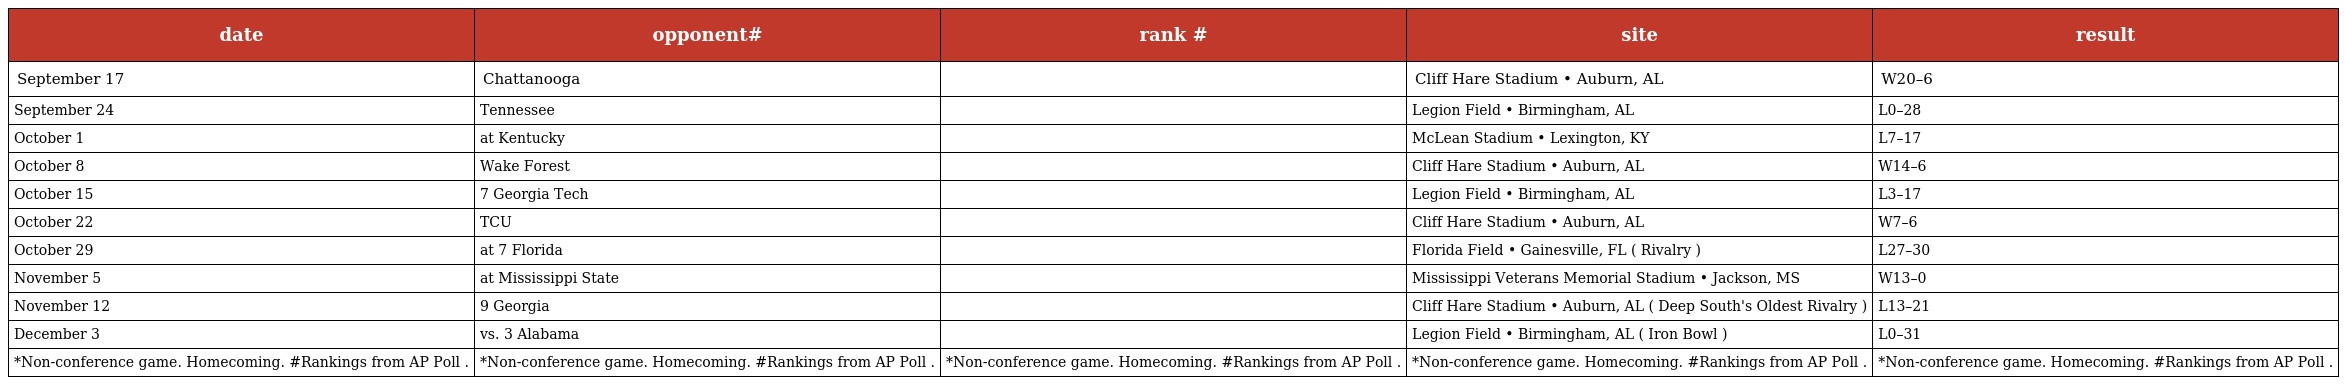
| date | opponent# | rank # | site | result |
 | --- | --- | --- | --- | --- |
 | September 17 | Chattanooga |  | Cliff Hare Stadium • Auburn, AL | W20–6 |
 | September 24 | Tennessee |  | Legion Field • Birmingham, AL | L0–28 |
 | October 1 | at Kentucky |  | McLean Stadium • Lexington, KY | L7–17 |
 | October 8 | Wake Forest |  | Cliff Hare Stadium • Auburn, AL | W14–6 |
 | October 15 | 7 Georgia Tech |  | Legion Field • Birmingham, AL | L3–17 |
 | October 22 | TCU |  | Cliff Hare Stadium • Auburn, AL | W7–6 |
 | October 29 | at 7 Florida |  | Florida Field • Gainesville, FL ( Rivalry ) | L27–30 |
 | November 5 | at Mississippi State |  | Mississippi Veterans Memorial Stadium • Jackson, MS | W13–0 |
 | November 12 | 9 Georgia |  | Cliff Hare Stadium • Auburn, AL ( Deep South's Oldest Rivalry ) | L13–21 |
 | December 3 | vs. 3 Alabama |  | Legion Field • Birmingham, AL ( Iron Bowl ) | L0–31 |
 | *Non-conference game. Homecoming. #Rankings from AP Poll . | *Non-conference game. Homecoming. #Rankings from AP Poll . | *Non-conference game. Homecoming. #Rankings from AP Poll . | *Non-conference game. Homecoming. #Rankings from AP Poll . | *Non-conference game. Homecoming. #Rankings from AP Poll . |